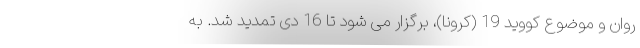
روان و موضوع کووید 19 (کرونا)، برگزار می شود تا 16 دی تمدید شد. به